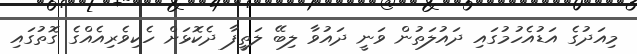
މިއަދުގެ އަޑުއެހުމުގައި ދައުލަތުން ވަނީ ދައުވާ ލިބޭ ލަތީފާ ދެކޮޅަށް ހެކިވެރިއެއްގެ ގޮތުގައި